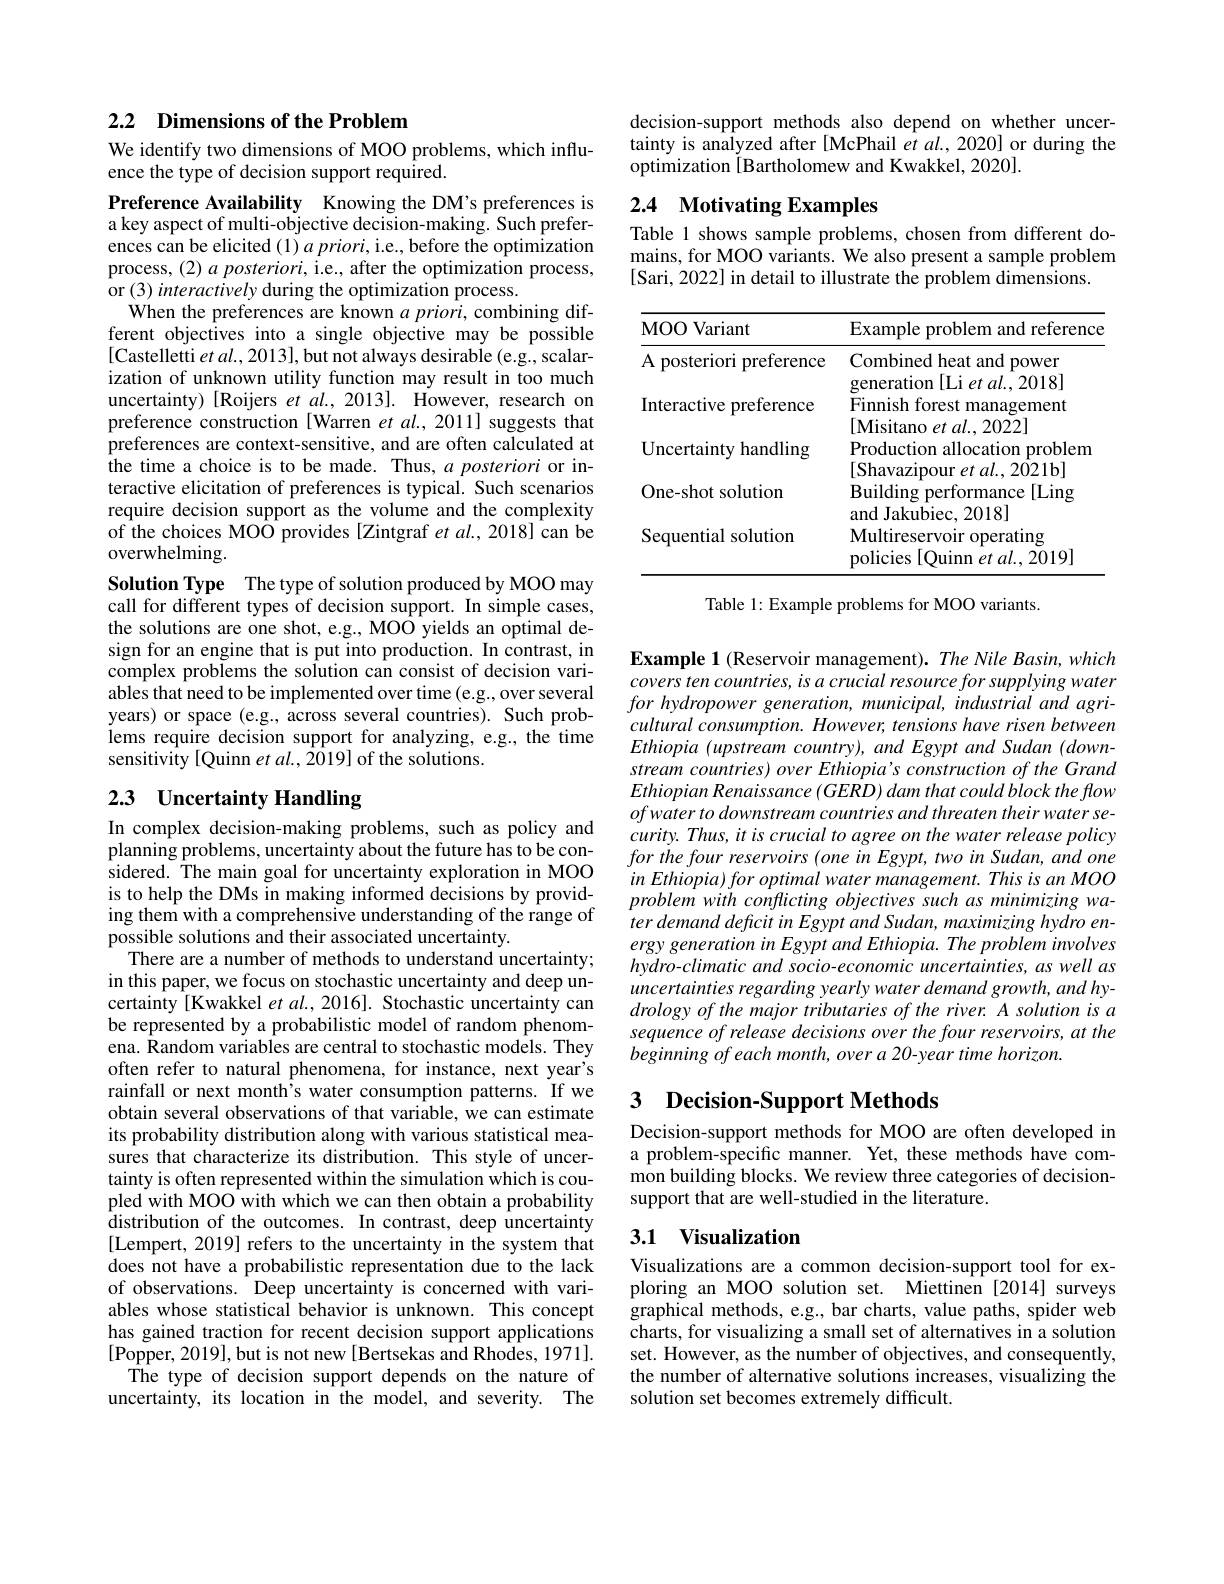
## 2.2 Dimensions of the Problem

We identify two dimensions of MOO problems, which influ-
ence the type of decision support required.

Preference Availability Knowing the DM's preferences is a key aspect of multi-objective decision-making. Such preferences can be elicited $( 1) \textit{apriori, i. e. , before the optimization}$ process, $( 2) a\textit{posteriori, i. e. , after the optimization process, }$ or $( 3) \textit{interactively during the optimization process. }$
When the preferences are known $a\textit{priori, combining dif- }$ ferent objectives into a single objective may be possible [Castelletti $etal.,2013]$,but not always desirable(e.g., scalarization of unknown utility function may result in too much uncertainty) [Roijers $etal.,2013].$ However, research on preference construction [Warren et $al.,2011]$ suggests that preferences are context-sensitive, and are often calculated at the time a choice is to be made. Thus, $a\textit{posteriori or in- }$ teractive elicitation of preferences is typical. Such scenarios require decision support as the volume and the complexity of the choices MOO provides [Zintgraf et al., 2018] can be overwhelming.
Solution Type The type of solution produced by MOO may call for different types of decision support. In simple cases, the solutions are one shot, e.g., MOO yields an optimal design for an engine that is put into production. In contrast, in complex problems the solution can consist of decision variables that need to be implemented over time (e.g., over several years) or space (e.g., across several countries). Such problems require decision support for analyzing, e.g., the time sensitivity [Quinn et al., 2019] of the solutions.

# 2.3 Uncertainty Handling

In complex decision-making problems, such as policy and planning problems, uncertainty about the future has to be con- sidered. The main goal for uncertainty exploration in MOO is to help the DMs in making informed decisions by providing them with a comprehensive understanding of the range of possible solutions and their associated uncertainty.
There are a number of methods to understand uncertainty; in this paper, we focus on stochastic uncertainty and deep uncertainty [Kwakkel et al., 2016]. Stochastic uncertainty can be represented by a probabilistic model of random phenomena. Random variables are central to stochastic models. They often refer to natural phenomena, for instance, next year's rainfall or next month's water consumption patterns. If we obtain several observations of that variable, we can estimate its probability distribution along with various statistical measures that characterize its distribution. This style of uncertainty is often represented within the simulation which is coupled with MOO with which we can then obtain a probability distribution of the outcomes. In contrast, deep uncertainty [Lempert, 2019] refers to the uncertainty in the system that does not have a probabilistic representation due to the lack of observations. Deep uncertainty is concerned with variables whose statistical behavior is unknown. This concept has gained traction for recent decision support applications $[\tilde{\mathrm{Popper,~2019],~but~is~not~new~[Bertsekas~and~Rhodes,~1971].}}$
The type of decision support depends on the nature of uncertainty, its location in the model, and severity. The

decision-support methods also depend on whether uncertainty is analyzed after [McPhail et al., 2020] or during the optimization [Bartholomew and Kwakkel, 2020].

# 2.4 Motivating Examples Table 1 shows sample problems, chosen from different do-

mains, for MOO variants. We also present a sample problem
[Sari, 2022] in detail to illustrate the problem dimensions.

<table>
	<tbody>
		<tr>
			<th>MOO Variant</th>
			<th>Example problem and reference</th>
		</tr>
		<tr>
			<td>A posteriori preference</td>
			<td>Combined heat and power $\mathcal{M10}$</td>
		</tr>
		<tr>
			<td>Interactive preference</td>
			<td>$\mathbf{gem}$ duull ${\boldsymbol{l}}$ ${\boldsymbol{U}\boldsymbol{l}}_{\bullet }$, 0 Finnish forest management 1 $2mn$</td>
		</tr>
		<tr>
			<td>Uncertainty handling</td>
			<td>$\lfloor{\mathrm{Misitano~er~}al.,20LL}\rfloor$ Production allocation problem $[\mathrm{Ch}_{2}$, $al$ $20\gamma1$hl</td>
		</tr>
		<tr>
			<td>One-shot solution</td>
			<td>$\angle10$ Building performance[Ling] 20181 1 $I_{\mathrm{n} }l_{\mathrm{n} }l_{\mathrm{n} }l_{\mathrm{n} }l_{\mathrm{n} }a$</td>
		</tr>
		<tr>
			<td>Sequential solution</td>
			<td>Multireservoir operating policies s[Quinn et al., 2019] 11</td>
		</tr>
	</tbody>
</table>

Table 1: Example problems for MOO variants.

Example 1 (Reservoir management). The Nile Basin, which covers ten countries, is a crucial resource for supplying water cultural consumption. However, tensions have risen between Ethiopia (upstream country), and Egypt and Sudan (downstream countries) over Ethiopia's construction of the Grand $Ethiopian\textit{Renaissance ( GERD) dam that could block the flow}$ ofwater to downstream countries and threaten their water security. Thus, it is crucial to agree on the water release policy for the four reservoirs (one in Egypt, two in Sudan, and one $inEthiopia)foroptimalwatermanagement.ThisisanMOO$ problem with conflicting objectives such as minimizing water demand deficit in Egypt and Sudan, maximizing hydro energy generation in Egypt and Ethiopia. The problem involves hydro-climatic and socio-economic uncertainties, as well as uncertainties regarding yearly water demand growth, and hydrology of the major tributaries of the river. A solution is a sequence of release decisions over the four reservoirs, at the beginning of each month, over a 20-year time horizon.

# 3 Decision-Support Methods

Decision-support methods for MOO are often developed in a problem-specific manner. Yet, these methods have common building blocks. We review three categories of decisionsupport that are well-studied in the literature.

# 3.1 Visualization

Visualizations are a common decision-support tool for exploring an MOO solution set. Miettinen [2014] surveys graphical methods, e.g., bar charts, value paths, spider web charts, for visualizing a small set of alternatives in a solution set. However, as the number of objectives, and consequently, the number of alternative solutions increases, visualizing the solution set becomes extremely difficult.